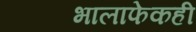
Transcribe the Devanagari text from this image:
भालाफेकही